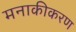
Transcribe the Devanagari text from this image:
मनाकीकरण